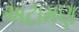
અટામણ